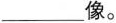
___像。